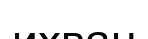
ихван